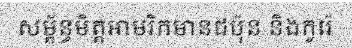
សម្ព័ន្ធមិត្តអាមរិកមានជប៉ុន និងកូរ៉េ